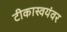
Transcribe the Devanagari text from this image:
टीकास्वयंवर